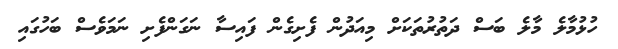
ހުޅުމާލެ މާލެ ބަސް ދަތުރުތަކަށް މިއަދުން ފެށިގެން ފައިސާ ނަގަންފެށި ނަމަވެސް ބަހުގައި